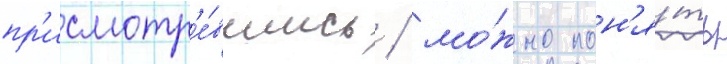
пр'исмотр'е́вшись / мо́жно пон'я́ть